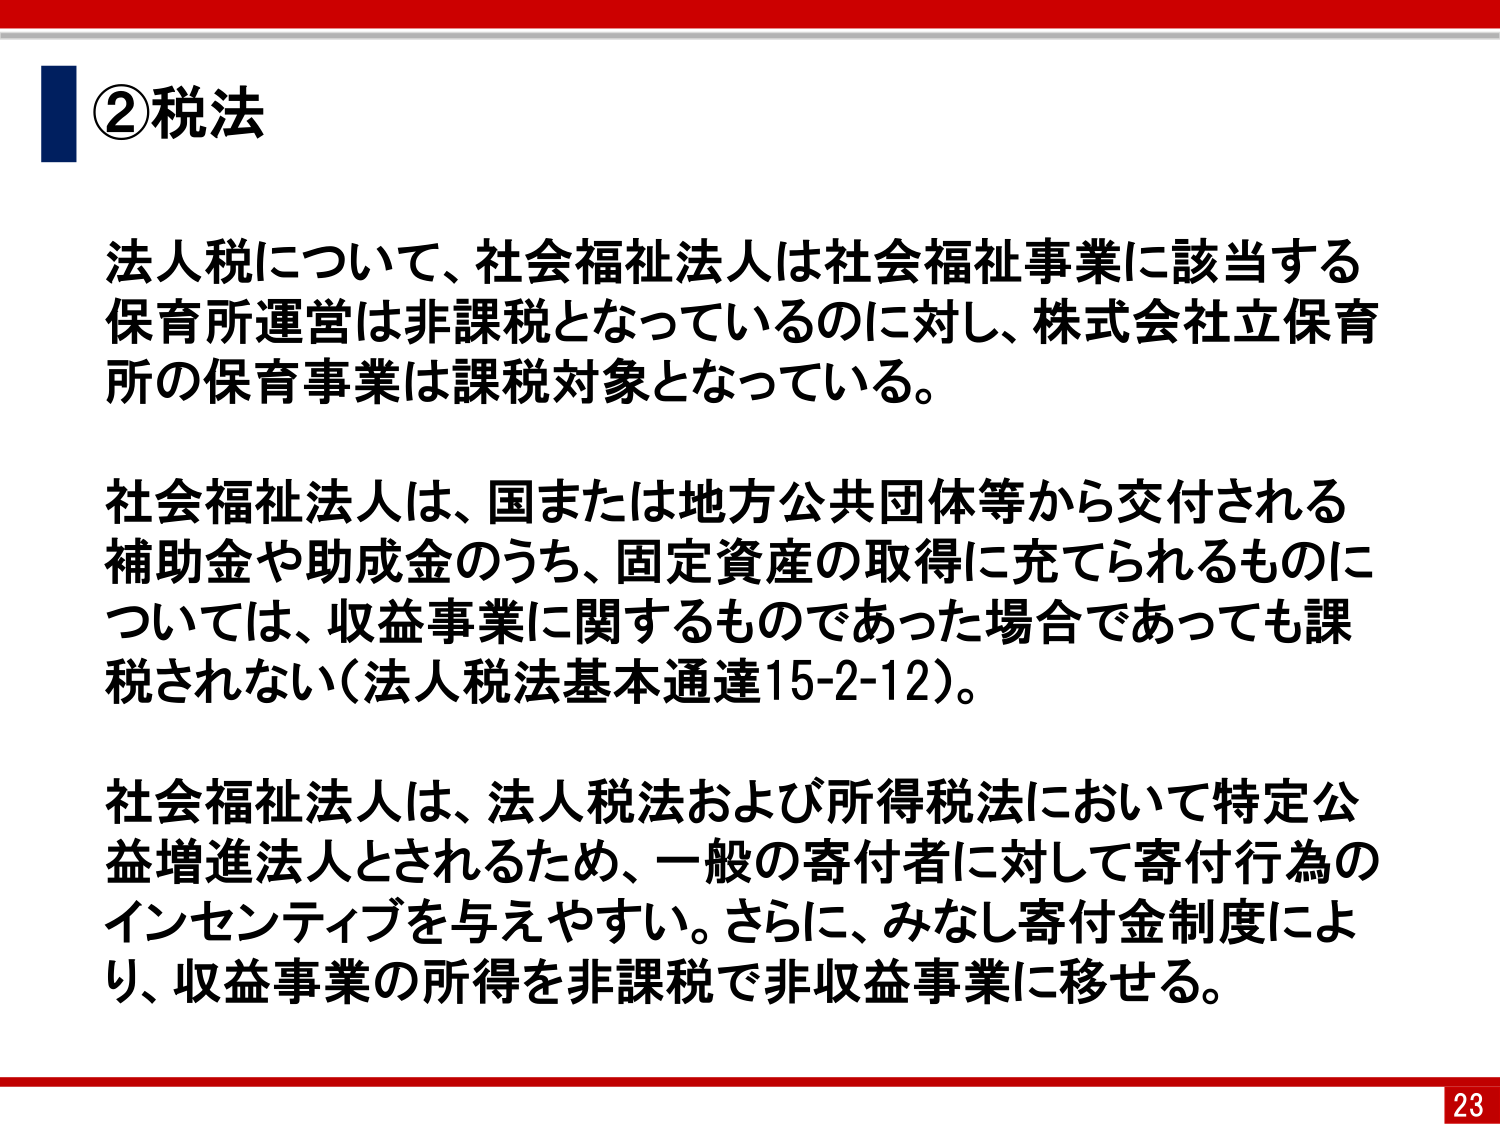
②税法

法人税について、社会福祉法人は社会福祉事業に該当する保育所運営は非課税となっているのに対し、株式会社立保育所の保育事業は課税対象となっている。

社会福祉法人は、国または地方公共団体等から交付される補助金や助成金のうち、固定資産の取得に充てられるものについては、収益事業に関するものであった場合であっても課税されない（法人税法基本通達15-2-12）。

社会福祉法人は、法人税法および所得税法において特定公益増進法人とされるため、一般の寄付者に対して寄付行為のインセンティブを与えやすい。さらに、みなし寄付金制度により、収益事業の所得を非課税で非収益事業に移せる。

23